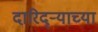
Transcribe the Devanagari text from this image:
दारिद्ऱ्याच्या